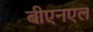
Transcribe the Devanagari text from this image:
बीएनएल